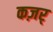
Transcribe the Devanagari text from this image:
कज़र्